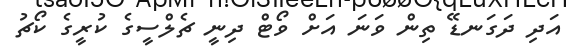
އަދި ދަގަނޑޭ ތިން ވަނަ އަށް ވޯޓް ދިނީ ޗެލްސީގެ ކުރީގެ ކޯޗު